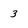
Character: 3